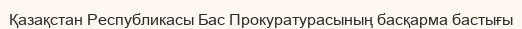
Қазақстан Республикасы Бас Прокуратурасының басқарма бастығы